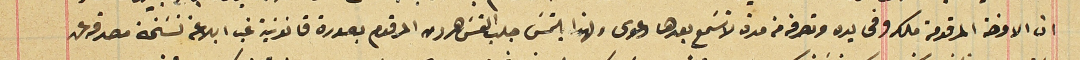
ان الاوضه المرقومة ملكه وفى يده وتصرفه من مدة لا تسَمع بعدها دعوى ولهذا يلتمسَ جلب القسَ هرون المرقوم بصورة قانونية غب ابلاغه نسَخة مصدقه عن